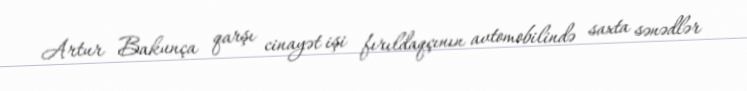
Artur Bakunça qarşı cinayət işi fırıldaqçının avtomobilində saxta sənədlər